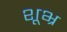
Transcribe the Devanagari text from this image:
शूभ्र